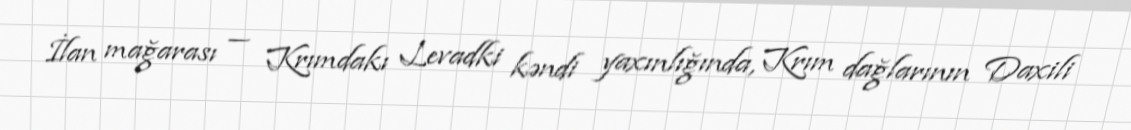
İlan mağarası — Krımdakı Levadki kəndi yaxınlığında, Krım dağlarının Daxili